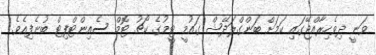
ވަނީ ދިވެހިރާއްޖޭގައި ކަމަށް ބަންގްލަދޭޝް ގައުމީ ޓީމުގެ ކޯޗު ޓޮމް ސެއިންޓްފިޓް ބުނެފިއެވެ.